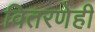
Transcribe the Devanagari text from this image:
वितरणेही